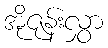
အိုဇုန်းလွှာ